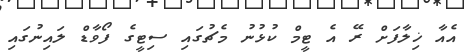
އެއާ ޚިލާފަށް ރޭ އެ ޓީމް ކުޅުނު މެޗުގައި ސިޓީގެ ފޯވާޑް ލައިނުގައި